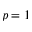
p = 1